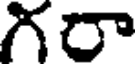
గరా